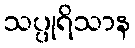
သပ္ပုရိသာန